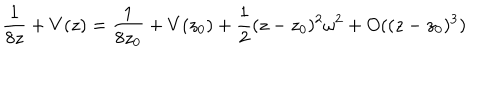
LaTeX: \frac { 1 } { 8 z } + V ( z ) = \frac { 1 } { 8 z _ { 0 } } + V ( z _ { 0 } ) + \frac 1 2 ( z - z _ { 0 } ) ^ { 2 } \omega ^ { 2 } + O ( ( z - z _ { 0 } ) ^ { 3 } )